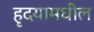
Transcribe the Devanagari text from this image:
हृदयामधील